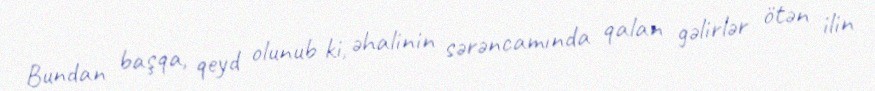
Bundan başqa, qeyd olunub ki, əhalinin sərəncamında qalan gəlirlər ötən ilin